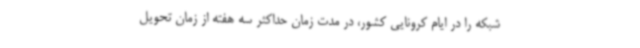
شبکه را در ایام کرونایی کشور، در مدت زمان حداکثر سه هفته از زمان تحویل